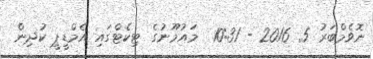
ނޮވެމްބަރު 5